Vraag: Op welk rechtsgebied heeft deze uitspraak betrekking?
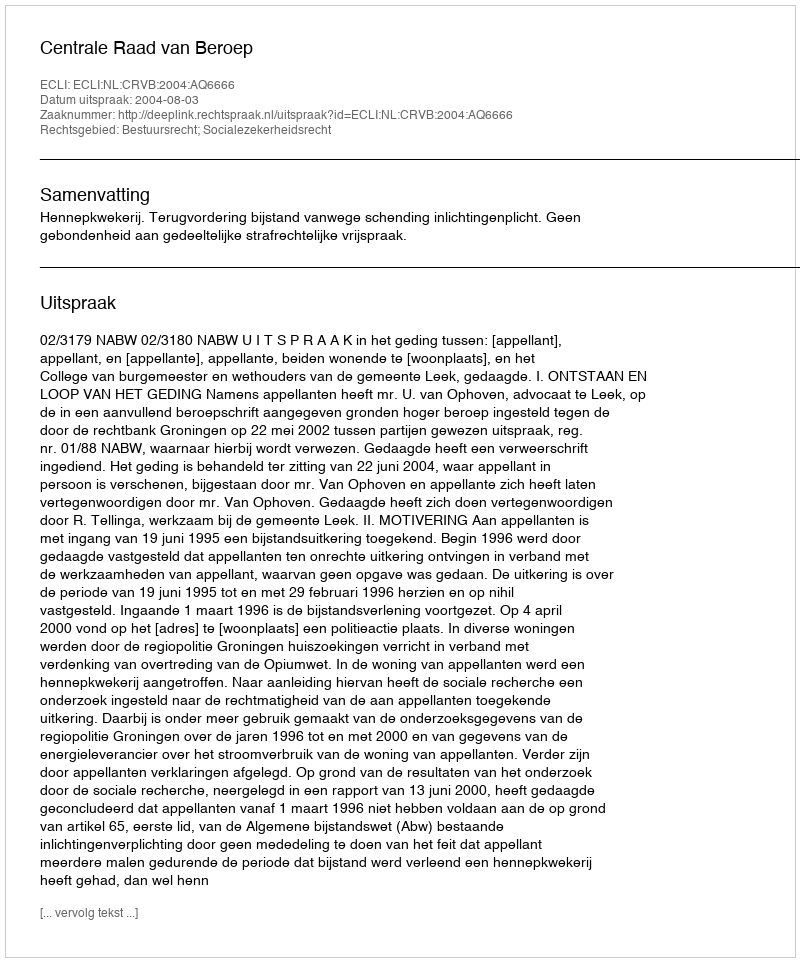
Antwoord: Bestuursrecht; Socialezekerheidsrecht